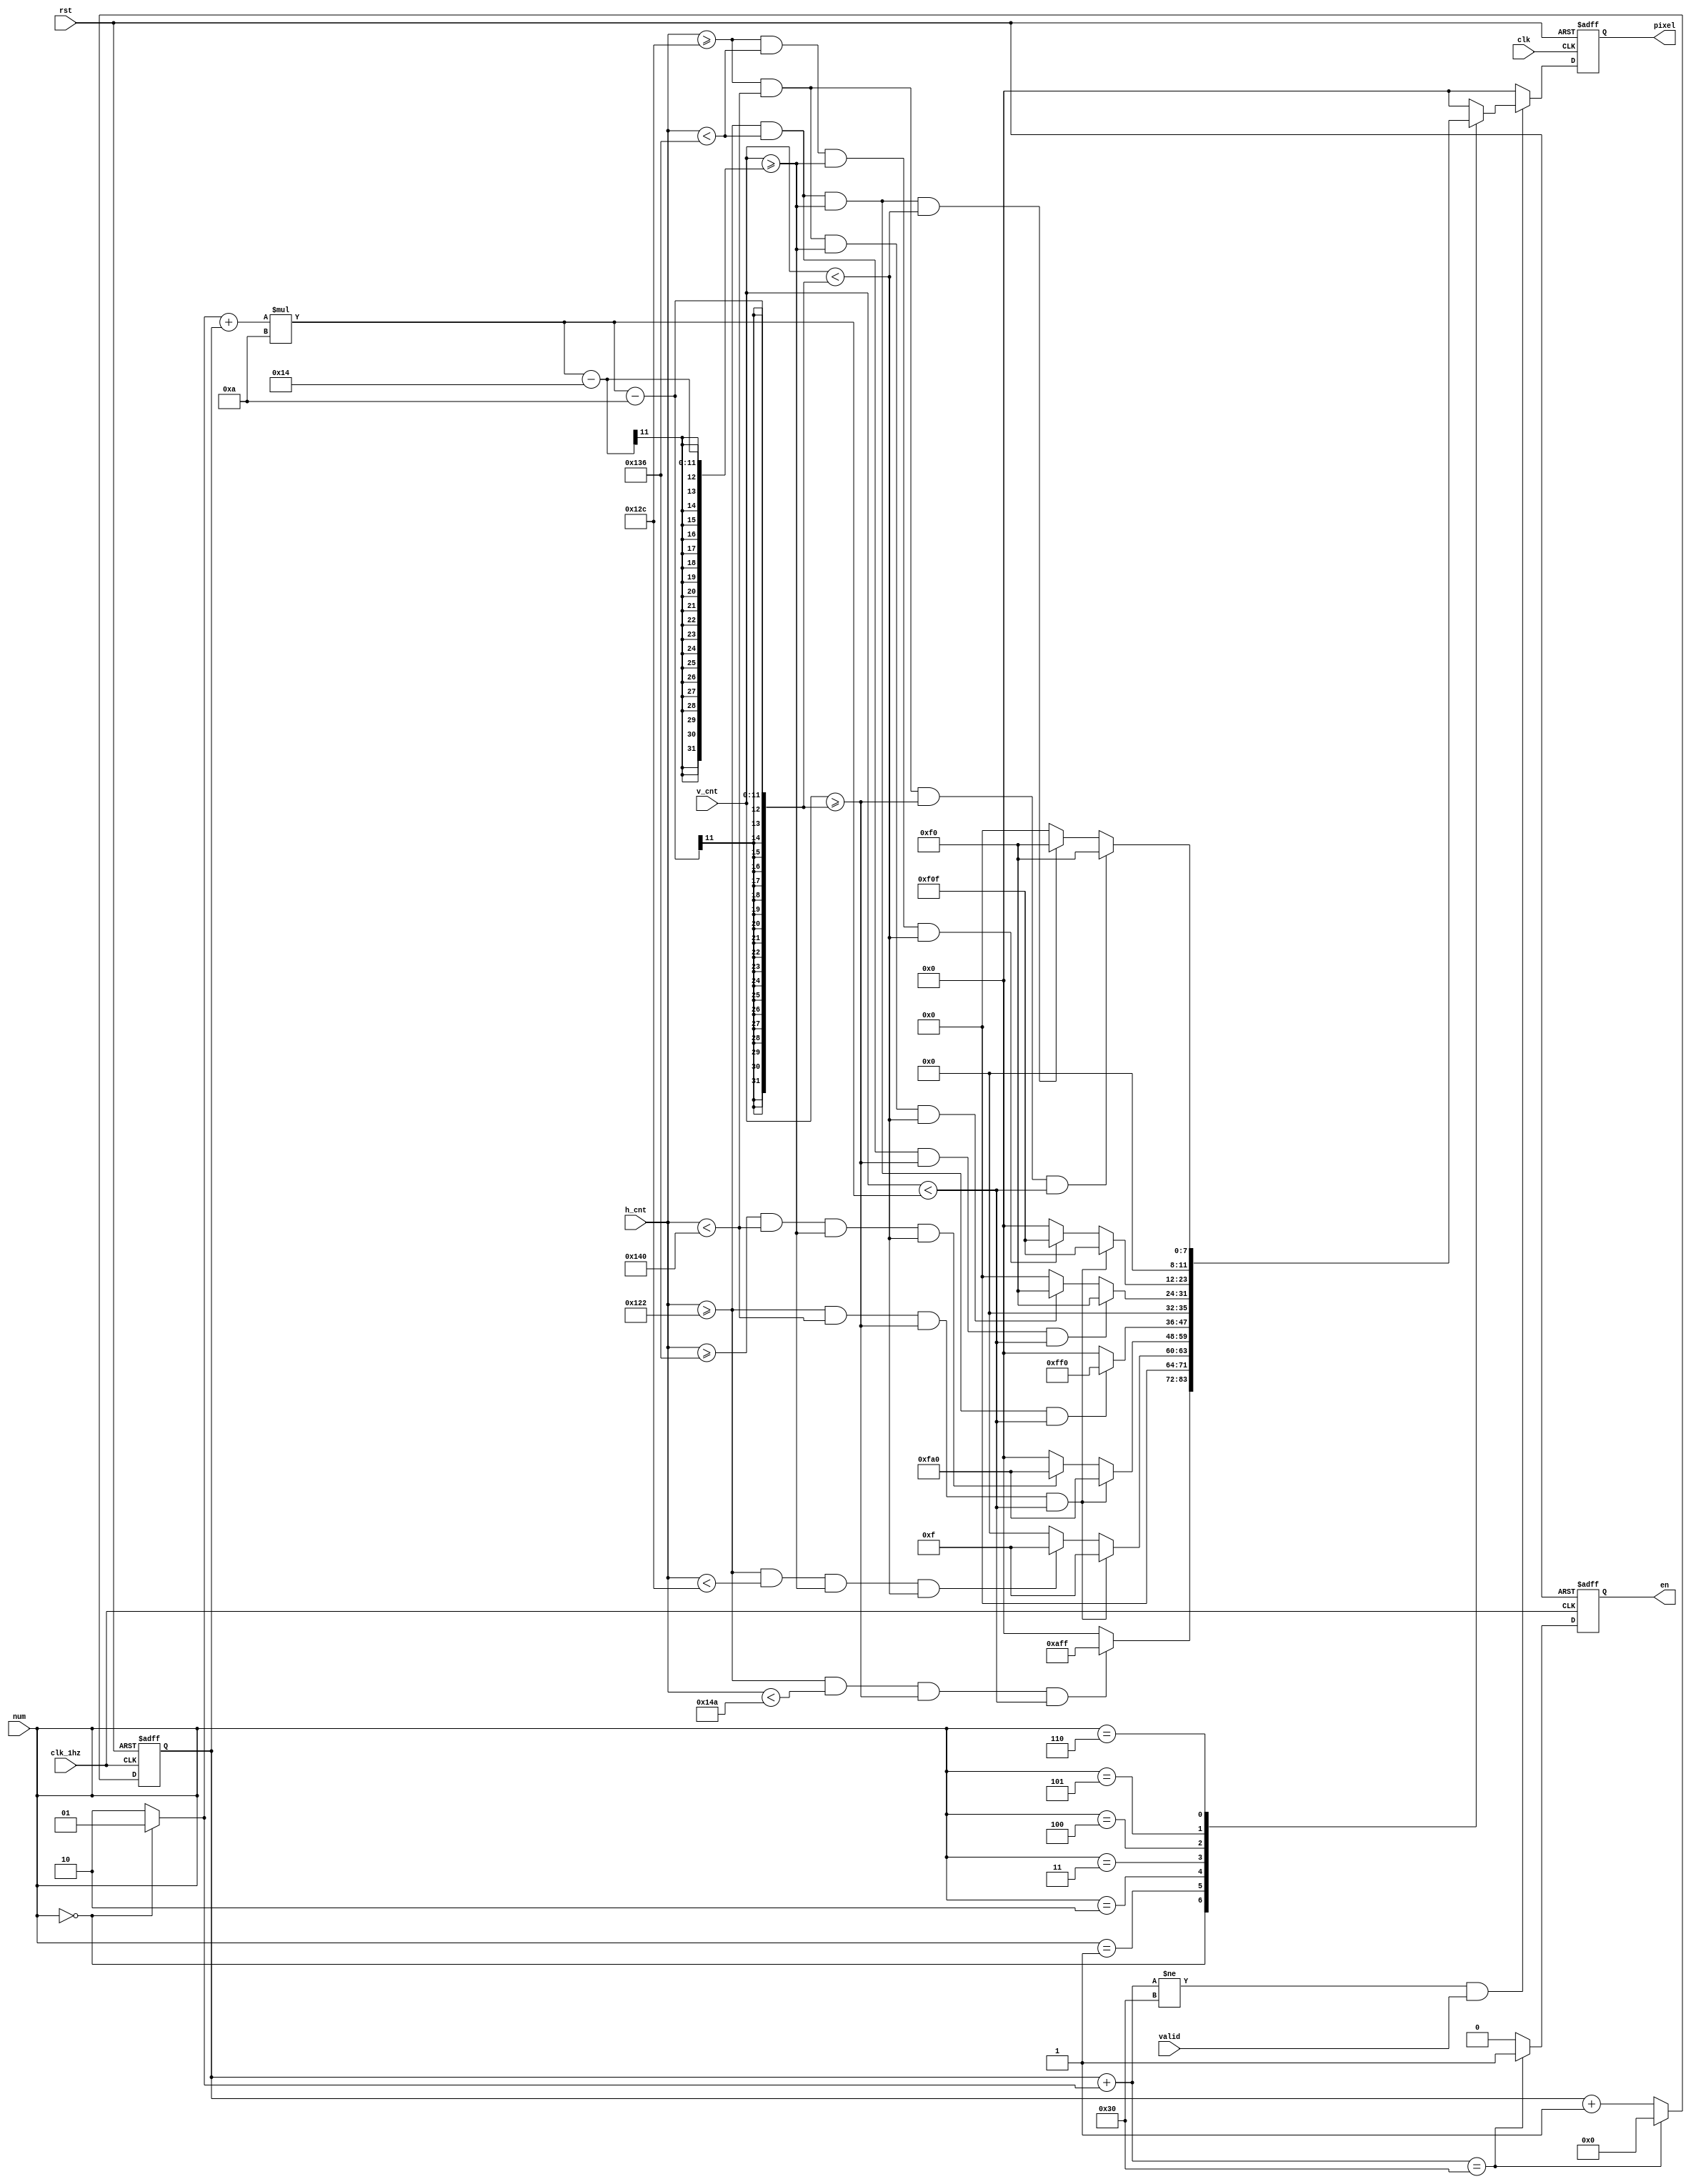
module pixel_generator(clk, clk_1hz, valid, rst, h_cnt, v_cnt, num, pixel, en);
    input clk;
    input clk_1hz;
    input rst;
    input valid;
    input [9:0]h_cnt;
    input [9:0]v_cnt;
    input [2:0]num;
    output reg [11:0]pixel;
    output reg en;
    
    wire [5:0]row;
    reg en_temp;
    reg [5:0]count;
    reg [5:0]count_temp;
    reg [11:0]pixel_temp;
    
    assign row = (num == 3'd0)? 6'd1 : 6'd2;
    
    always@*
        if (count + row == 6'd48) begin
            en_temp = 1'b1;
            count_temp = 6'd0;
        end
        else begin
            en_temp = 1'b0;
            count_temp = count + 1;
        end
    always@(posedge clk_1hz or posedge rst)
        if (rst) begin
            en <= 1'b1;
            count <= 0;
        end
        else begin
            en <= en_temp;
            count <= count_temp; 
        end
        
    always@*
        if (count + row != 6'd48 && valid) begin
            case(num)
                3'd0: begin
                    if (h_cnt >= 290 && h_cnt < 330 && v_cnt >= (row + count)*10 - 10 && v_cnt < (row + count)*10) pixel_temp = 12'hAFF;
                    else pixel_temp = 12'h0;
                end
                3'd1: begin
                    if (h_cnt >= 290 && h_cnt < 320 && v_cnt >= (row + count)*10 - 10 && v_cnt < (row + count)*10) pixel_temp = 12'h00F;
                    else if (h_cnt >= 290 && h_cnt < 300 && v_cnt >= (row + count)*10 - 20 && v_cnt < (row + count)*10 - 10) pixel_temp = 12'h00F;
                    else pixel_temp = 12'h0;
                end
                3'd2: begin
                    if (h_cnt >= 290 && h_cnt < 320 && v_cnt >= (row + count)*10 - 10 && v_cnt < (row + count)*10) pixel_temp = 12'hFA0;
                    else if (h_cnt >= 310 && h_cnt < 320 && v_cnt >= (row + count)*10 - 20 && v_cnt < (row + count)*10 - 10) pixel_temp = 12'hFA0;
                    else pixel_temp = 12'h0;
                end
                3'd3: begin
                    if (h_cnt >= 290 && h_cnt < 310 && v_cnt >= (row + count)*10 - 20 && v_cnt < (row + count)*10) pixel_temp = 12'hFF0;
                    else pixel_temp = 12'h0;
                end
                3'd4: begin
                    if (h_cnt >= 290 && h_cnt < 310 && v_cnt >= (row + count)*10 - 10 && v_cnt < (row + count)*10) pixel_temp = 12'h0F0;
                    else if (h_cnt >= 300 && h_cnt < 320 && v_cnt >= (row + count)*10 - 20 && v_cnt < (row + count)*10 - 10) pixel_temp= 12'h0F0;
                    else pixel_temp = 12'h0;
                end
                3'd5: begin
                    if (h_cnt >= 290 && h_cnt < 320 && v_cnt >= (row + count)*10 - 10 && v_cnt < (row + count)*10) pixel_temp = 12'hF0F;
                    else if (h_cnt >= 300 && h_cnt < 310 && v_cnt >= (row + count)*10 - 20 && v_cnt < (row + count)*10 - 10) pixel_temp = 12'hF0F;
                    else pixel_temp = 12'h0;
                end
                3'd6: begin
                    if (h_cnt >= 300 && h_cnt < 320 && v_cnt >= (row + count)*10 - 10 && v_cnt < (row + count)*10) pixel_temp = 12'h0F0;
                    else if (h_cnt >= 290 && h_cnt < 310 && v_cnt >= (row + count)*10 - 20 && v_cnt < (row + count)*10 - 10) pixel_temp = 12'h0F0;
                    else pixel_temp = 12'h0;
                end
                default: begin
                   pixel_temp = 12'h0;
                end
            endcase
        end
        else begin
            pixel_temp = 12'h0;
        end
        
    always@(posedge clk or posedge rst)
        if (rst) pixel <= 12'h0;
        else pixel <= pixel_temp;
      
endmodule